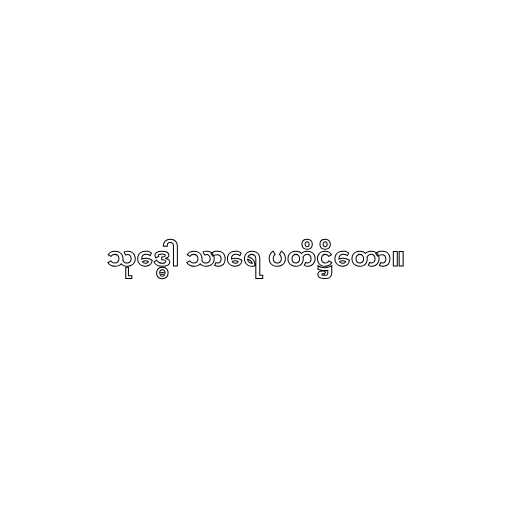
သုဒ္ဓေါ သာရေ ပတိဋ္ဌိတော။